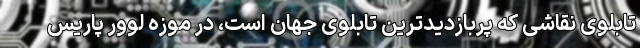
تابلوی نقاشی که پربازدیدترین تابلوی جهان است، در موزه لوور پاریس